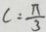
c = \frac { \pi } { 3 }